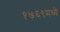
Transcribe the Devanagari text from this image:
१७६९मध्ये